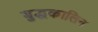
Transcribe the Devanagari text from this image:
बुद्धकालिन